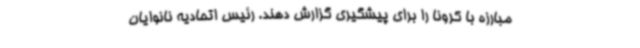
مبارزه با کرونا را برای پیشگیری گزارش دهند. رئیس اتحادیه نانوایان